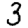
Digit: 3